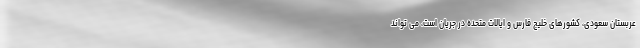
عربستان سعودی، کشورهای خلیج فارس و ایالات متحده در جریان است، می تواند